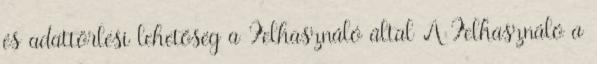
és adattörlési lehetőség a Felhasználó által A Felhasználó a